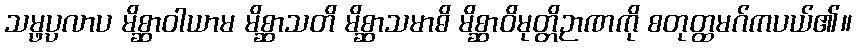
သမ္ဖပ္ပလာပ မိစ္ဆာဝါယာမ မိစ္ဆာသတိ မိစ္ဆာသမာဓိ မိစ္ဆာဝိမုတ္တိဉာဏကို စတုတ္ထမဂ်ကပယ်၏။